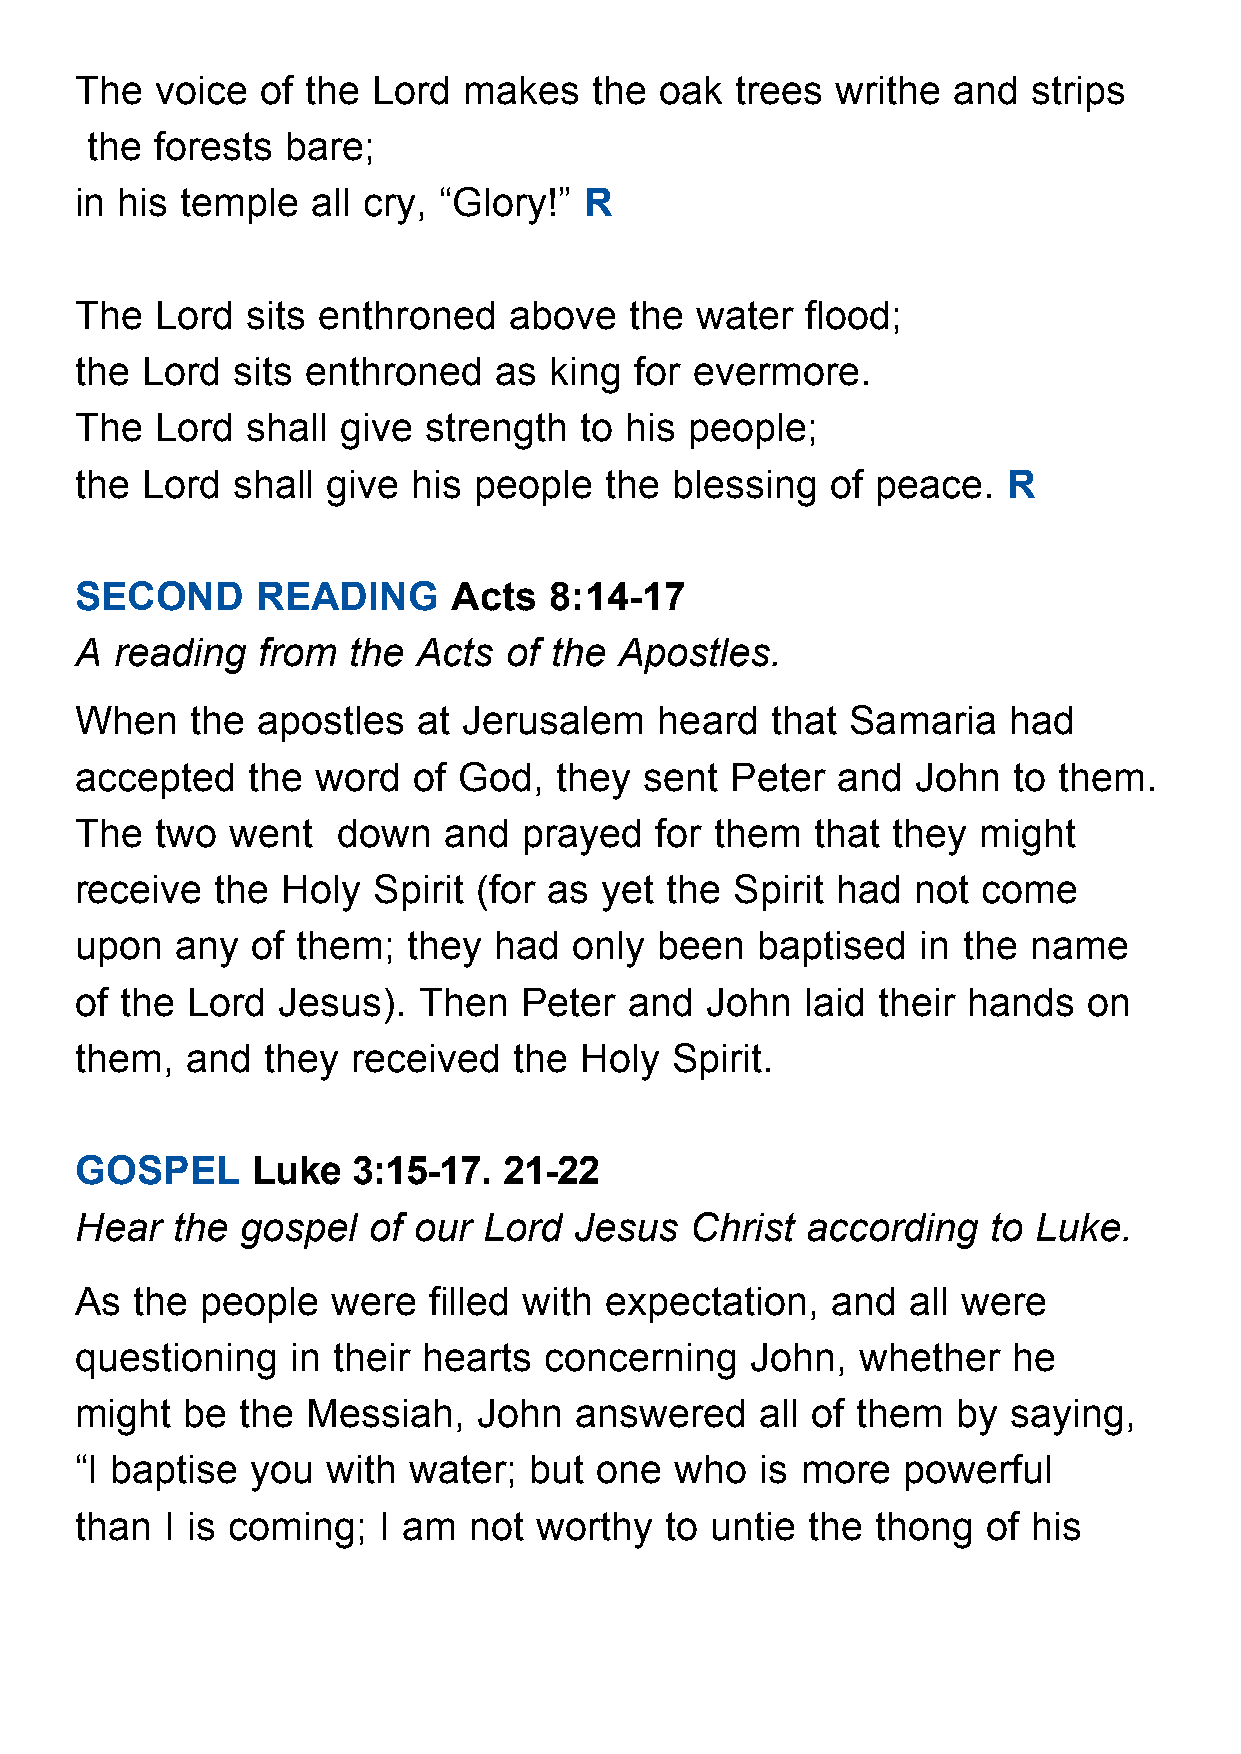
The  voice  of the  Lord  makes   the  oak  trees writhe  and  strips
 the forests  bare;
 in his temple   all cry, “Glory!” R
 The  Lord  sits enthroned    above   the water  flood;
 the Lord  sits enthroned    as king  for evermore.
 The  Lord  shall  give strength  to his  people;
 the Lord  shall  give his people   the  blessing  of peace.   R
 SECOND      READING      Acts  8:14-17
 A  reading  from  the  Acts of the  Apostles.
 When    the apostles   at Jerusalem   heard   that Samaria    had
 accepted   the  word  of God,   they  sent Peter  and   John  to them.
 The  two  went   down   and   prayed  for them   that they  might
 receive  the  Holy  Spirit (for as yet the  Spirit had not  come
 upon   any  of them;  they  had  only  been  baptised   in the name
 of the Lord  Jesus).   Then  Peter   and  John  laid their hands   on
 them,  and  they  received   the Holy  Spirit.
 GOSPEL      Luke  3:15-17.  21-22
 Hear  the  gospel  of our  Lord  Jesus   Christ according   to Luke.
 As  the people   were  filled with expectation,   and  all were
 questioning   in their hearts  concerning    John,  whether   he
 might  be  the Messiah,    John  answered    all of them  by  saying,
 “I baptise  you  with water;  but one   who  is more   powerful
 than  I is coming;  I am  not worthy   to untie the  thong  of his